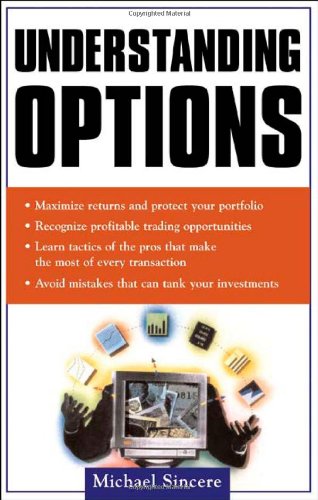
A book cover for Understanding Options; Michael Sincere; Business & Money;